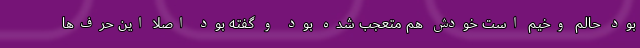
بود حالم وخیم است خودش هم متعجب شده بود و گفته بود اصلا این حرف‌ها